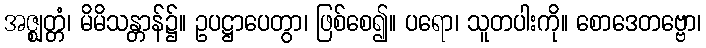
အဇ္ဈတ္တံ၊ မိမိသန္တာန်၌။ ဥပဋ္ဌာပေတွာ၊ ဖြစ်စေ၍။ ပရော၊ သူတပါးကို။ စောဒေတဗ္ဗော၊